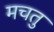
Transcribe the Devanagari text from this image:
मचतु